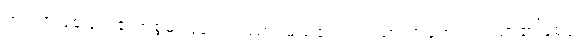
ဣဿာဖြစ်ခြင်း၏အစွမ်းဖြင့်။ ဣဿာ၊ မည်၏။ ဣဿာကာရော၊ ဣဿာ၏ဖြစ်ပုံ